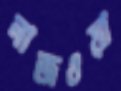
নাজওয়া